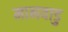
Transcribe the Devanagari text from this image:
मानवाडु